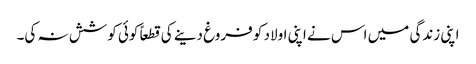
اپنی زندگی میں اس نے اپنی اولاد کو فروغ دینے کی قطعاً کوئی کوشش نہ کی۔